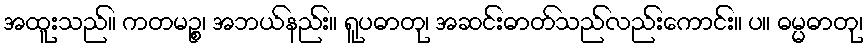
အထူးသည်။ ကတမဉ္စ၊ အဘယ်နည်း။ ရူပဓာတု၊ အဆင်းဓာတ်သည်လည်းကောင်း။ ပ။ ဓမ္မဓာတု၊